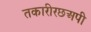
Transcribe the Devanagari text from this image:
तकारीरछअपी